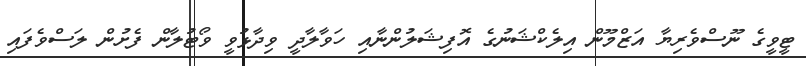
ޓީވީގެ ނޫސްވެރިޔާ އަޒްމޫން އިލެކްޝަނުގެ އޮފިޝަލުންނާއި ހަވާލާދީ ވިދާޅުވީ ވޯޓުލާން ފެށުން ލަސްވެފައި